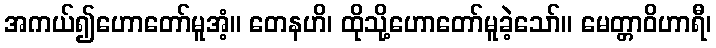
အကယ်၍ဟောတော်မူအံ့။ တေနဟိ၊ ထိုသို့ဟောတော်မူခဲ့သော်။ မေတ္တာဝိဟာရီ၊